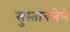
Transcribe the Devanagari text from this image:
सुस्तावलेले